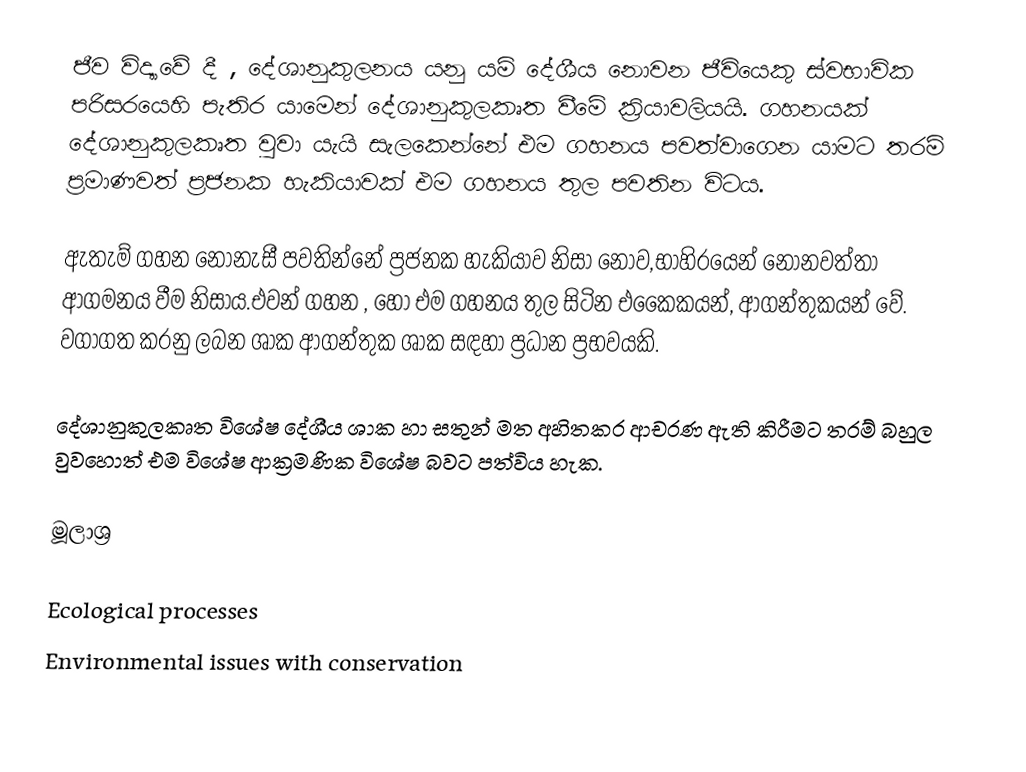
ජීව විද්‍යාවේ දී ,  දේශානුකුලනය  යනු යම් දේශීය නොවන ජීවියෙකු ස්වභාවික පරිසරයෙහි පැතිර යාමෙන් දේශානුකුලකෘත වීමේ ක්‍රියාවලියයි. ගහනයක් දේශානුකුලකෘත වුවා යැයි සැලකෙන්නේ එම ගහනය පවත්වාගෙන යාමට තරම් ප්‍රමාණවත් ප්‍රජනක හැකියාවක් එම ගහනය තුල පවතින විටය.

ඇතැම් ගහන නොනැසී පවතින්නේ ප්‍රජනක හැකියාව නිසා නොව,භාහිරයෙන් නොනවත්තා ආගමනය වීම නිසාය.එවන් ගහන , හෝ එම ගහනය තුල සිටින එකෛකයන්, ආගන්තුකයන් වේ.  වගාගත කරනු ලබන ශාක ආගන්තුක ශාක සඳහා ප්‍රධාන ප්‍රභවයකි.

දේශානුකුලකෘත විශේෂ දේශීය ශාක හා සතුන් මත අහිතකර ආචරණ ඇති කිරීමට තරම් බහුල වුවහොත් එම විශේෂ ආක්‍රමණික විශේෂ බවට පත්විය හැක.

මූලාශ්‍ර

Ecological processes
Environmental issues with conservation